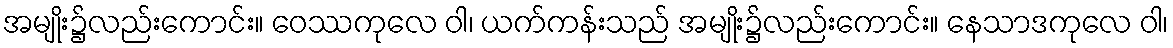
အမျိုး၌လည်းကောင်း။ ဝေဿကုလေ ဝါ၊ ယက်ကန်းသည် အမျိုး၌လည်းကောင်း။ နေသာဒကုလေ ဝါ၊